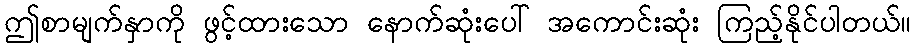
ဤစာမျက်နှာကို ဖွင့်ထားသော နောက်ဆုံးပေါ် အကောင်းဆုံး ကြည့်နိုင်ပါတယ်။